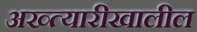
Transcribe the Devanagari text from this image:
अख्त्यारीखालील